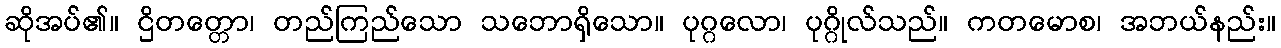
ဆိုအပ်၏။ ဌိတတ္တော၊ တည်ကြည်သော သဘောရှိသော။ ပုဂ္ဂလော၊ ပုဂ္ဂိုလ်သည်။ ကတမောစ၊ အဘယ်နည်း။